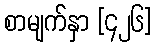
စာမျက်နှာ [၄၂၆]